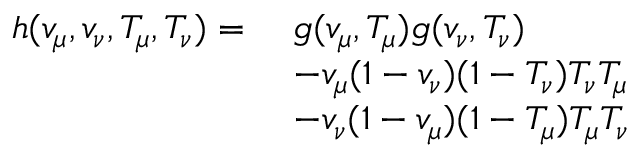
\begin{array} { r l } { h ( v _ { \mu } , v _ { \nu } , T _ { \mu } , T _ { \nu } ) = \ } & { g ( v _ { \mu } , T _ { \mu } ) g ( v _ { \nu } , T _ { \nu } ) } \\ & { - v _ { \mu } ( 1 - v _ { \nu } ) ( 1 - T _ { \nu } ) T _ { \nu } T _ { \mu } } \\ & { - v _ { \nu } ( 1 - v _ { \mu } ) ( 1 - T _ { \mu } ) T _ { \mu } T _ { \nu } } \end{array}